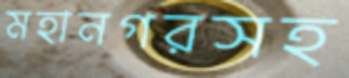
মহানগরসহ